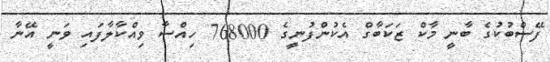
ފޭސްބުކުގެ ބާނީ މާކް ޒަކަބާގް އެކުންފުނީގެ 768000 ހިއްސާ ވިއްކާލާފައި ވަނީ އޭނާ